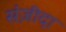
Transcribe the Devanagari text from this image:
संज़ीदा